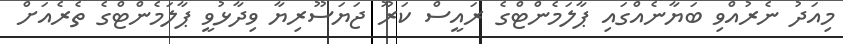
މިއަދު ނެރުއްވި ބަޔާނެއްގައި ޕާލަމެންޓްގެ ރައީސް ކަރޫ ޖަޔަސޫރިޔާ ވިދާޅުވީ ޕާލަމެންޓްގެ ތެރެއަށް